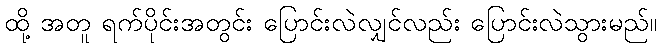
ထို့ အတူ ရက်ပိုင်းအတွင်း ပြောင်းလဲလျှင်လည်း ပြောင်းလဲသွားမည်။